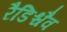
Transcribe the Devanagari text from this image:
रैडिश्चैव